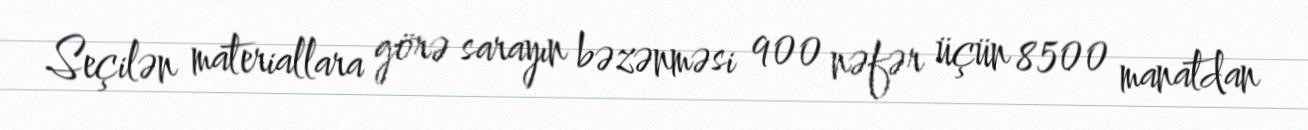
Seçilən materiallara görə sarayın bəzənməsi 900 nəfər üçün 8500 manatdan